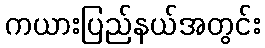
ကယားပြည်နယ်အတွင်း